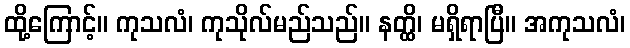
ထို့ကြောင့်။ ကုသလံ၊ ကုသိုလ်မည်သည်။ နတ္ထိ၊ မရှိရာပြီ။ အကုသလံ၊